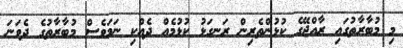
މި މުބާރާތުގައި ރާއްޖޭގެ ކުޅުންތެރިން ރަނގަޅު ކުޅުމެއް ދެއްކި ނަމަވެސް މުބާރާތުގެ ދެވަނަ